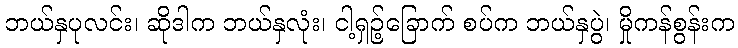
ဘယ်နှပုလင်း၊ ဆိုဒါက ဘယ်နှလုံး၊ ငါ့ရှဉ့်ခြောက် စပ်က ဘယ်နှပွဲ၊ မှိုကန်စွန်းက